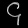
Digit: ၄